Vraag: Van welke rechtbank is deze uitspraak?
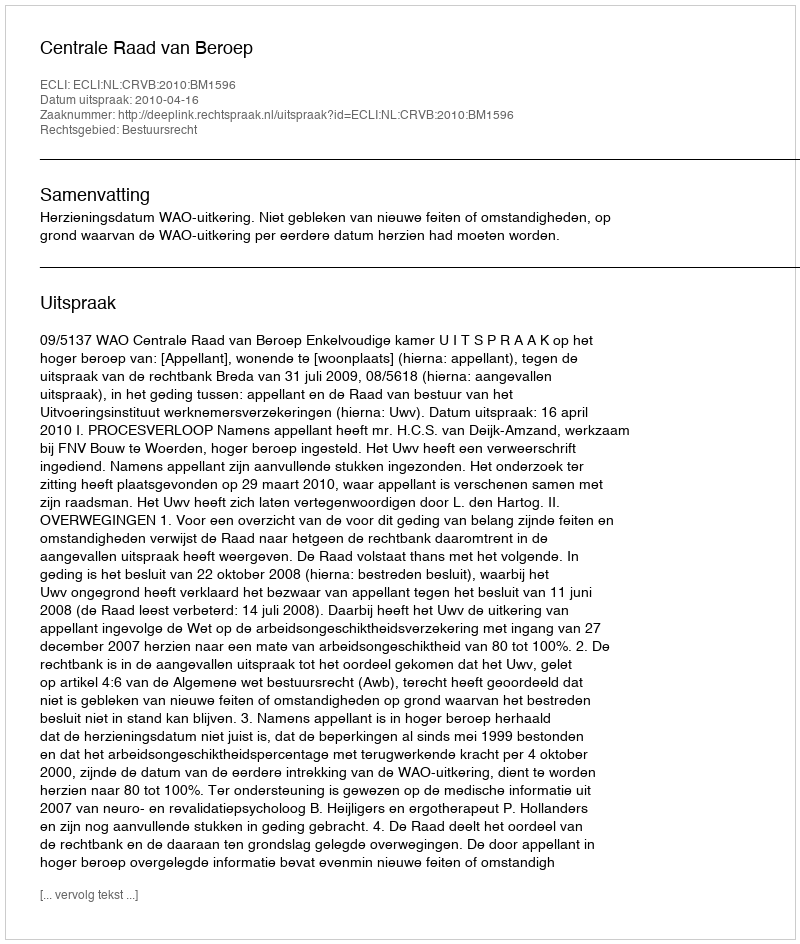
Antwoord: Centrale Raad van Beroep